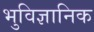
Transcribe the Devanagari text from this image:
भुविज्ञानिक